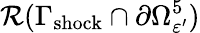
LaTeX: \mathcal{R}(\Gamma_{\mathrm{shock}}\cap\partial\Omega_{\varepsilon^{\prime}}^{5})